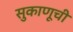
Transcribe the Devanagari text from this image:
सुकाणूची